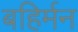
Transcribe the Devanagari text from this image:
बहिर्मन